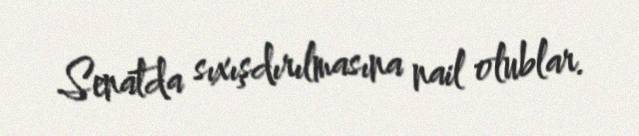
Senatda sıxışdırılmasına nail olublar.